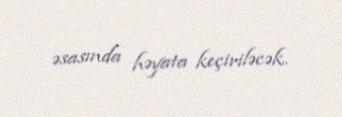
əsasında həyata keçiriləcək.